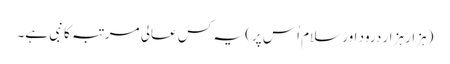
(ہزار ہزار درود اور سلام اُس پر) یہ کس عالی مرتبہ کا نبی ہے۔